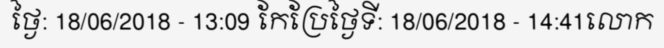
ថ្ងៃ: 18/06/2018 - 13:09 កែប្រែថ្ងៃទី: 18/06/2018 - 14:41លោក